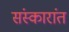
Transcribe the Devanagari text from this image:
संस्कारांत